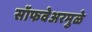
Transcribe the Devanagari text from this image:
सॉफवेअरमुळे